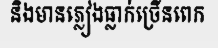
និងមានភ្លៀងធ្លាក់ច្រើនពេក